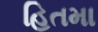
હિતમા